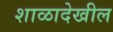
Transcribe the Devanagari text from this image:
शाळादेखील